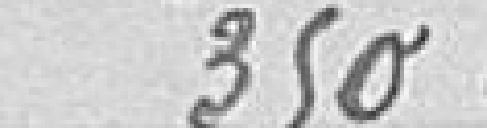
350